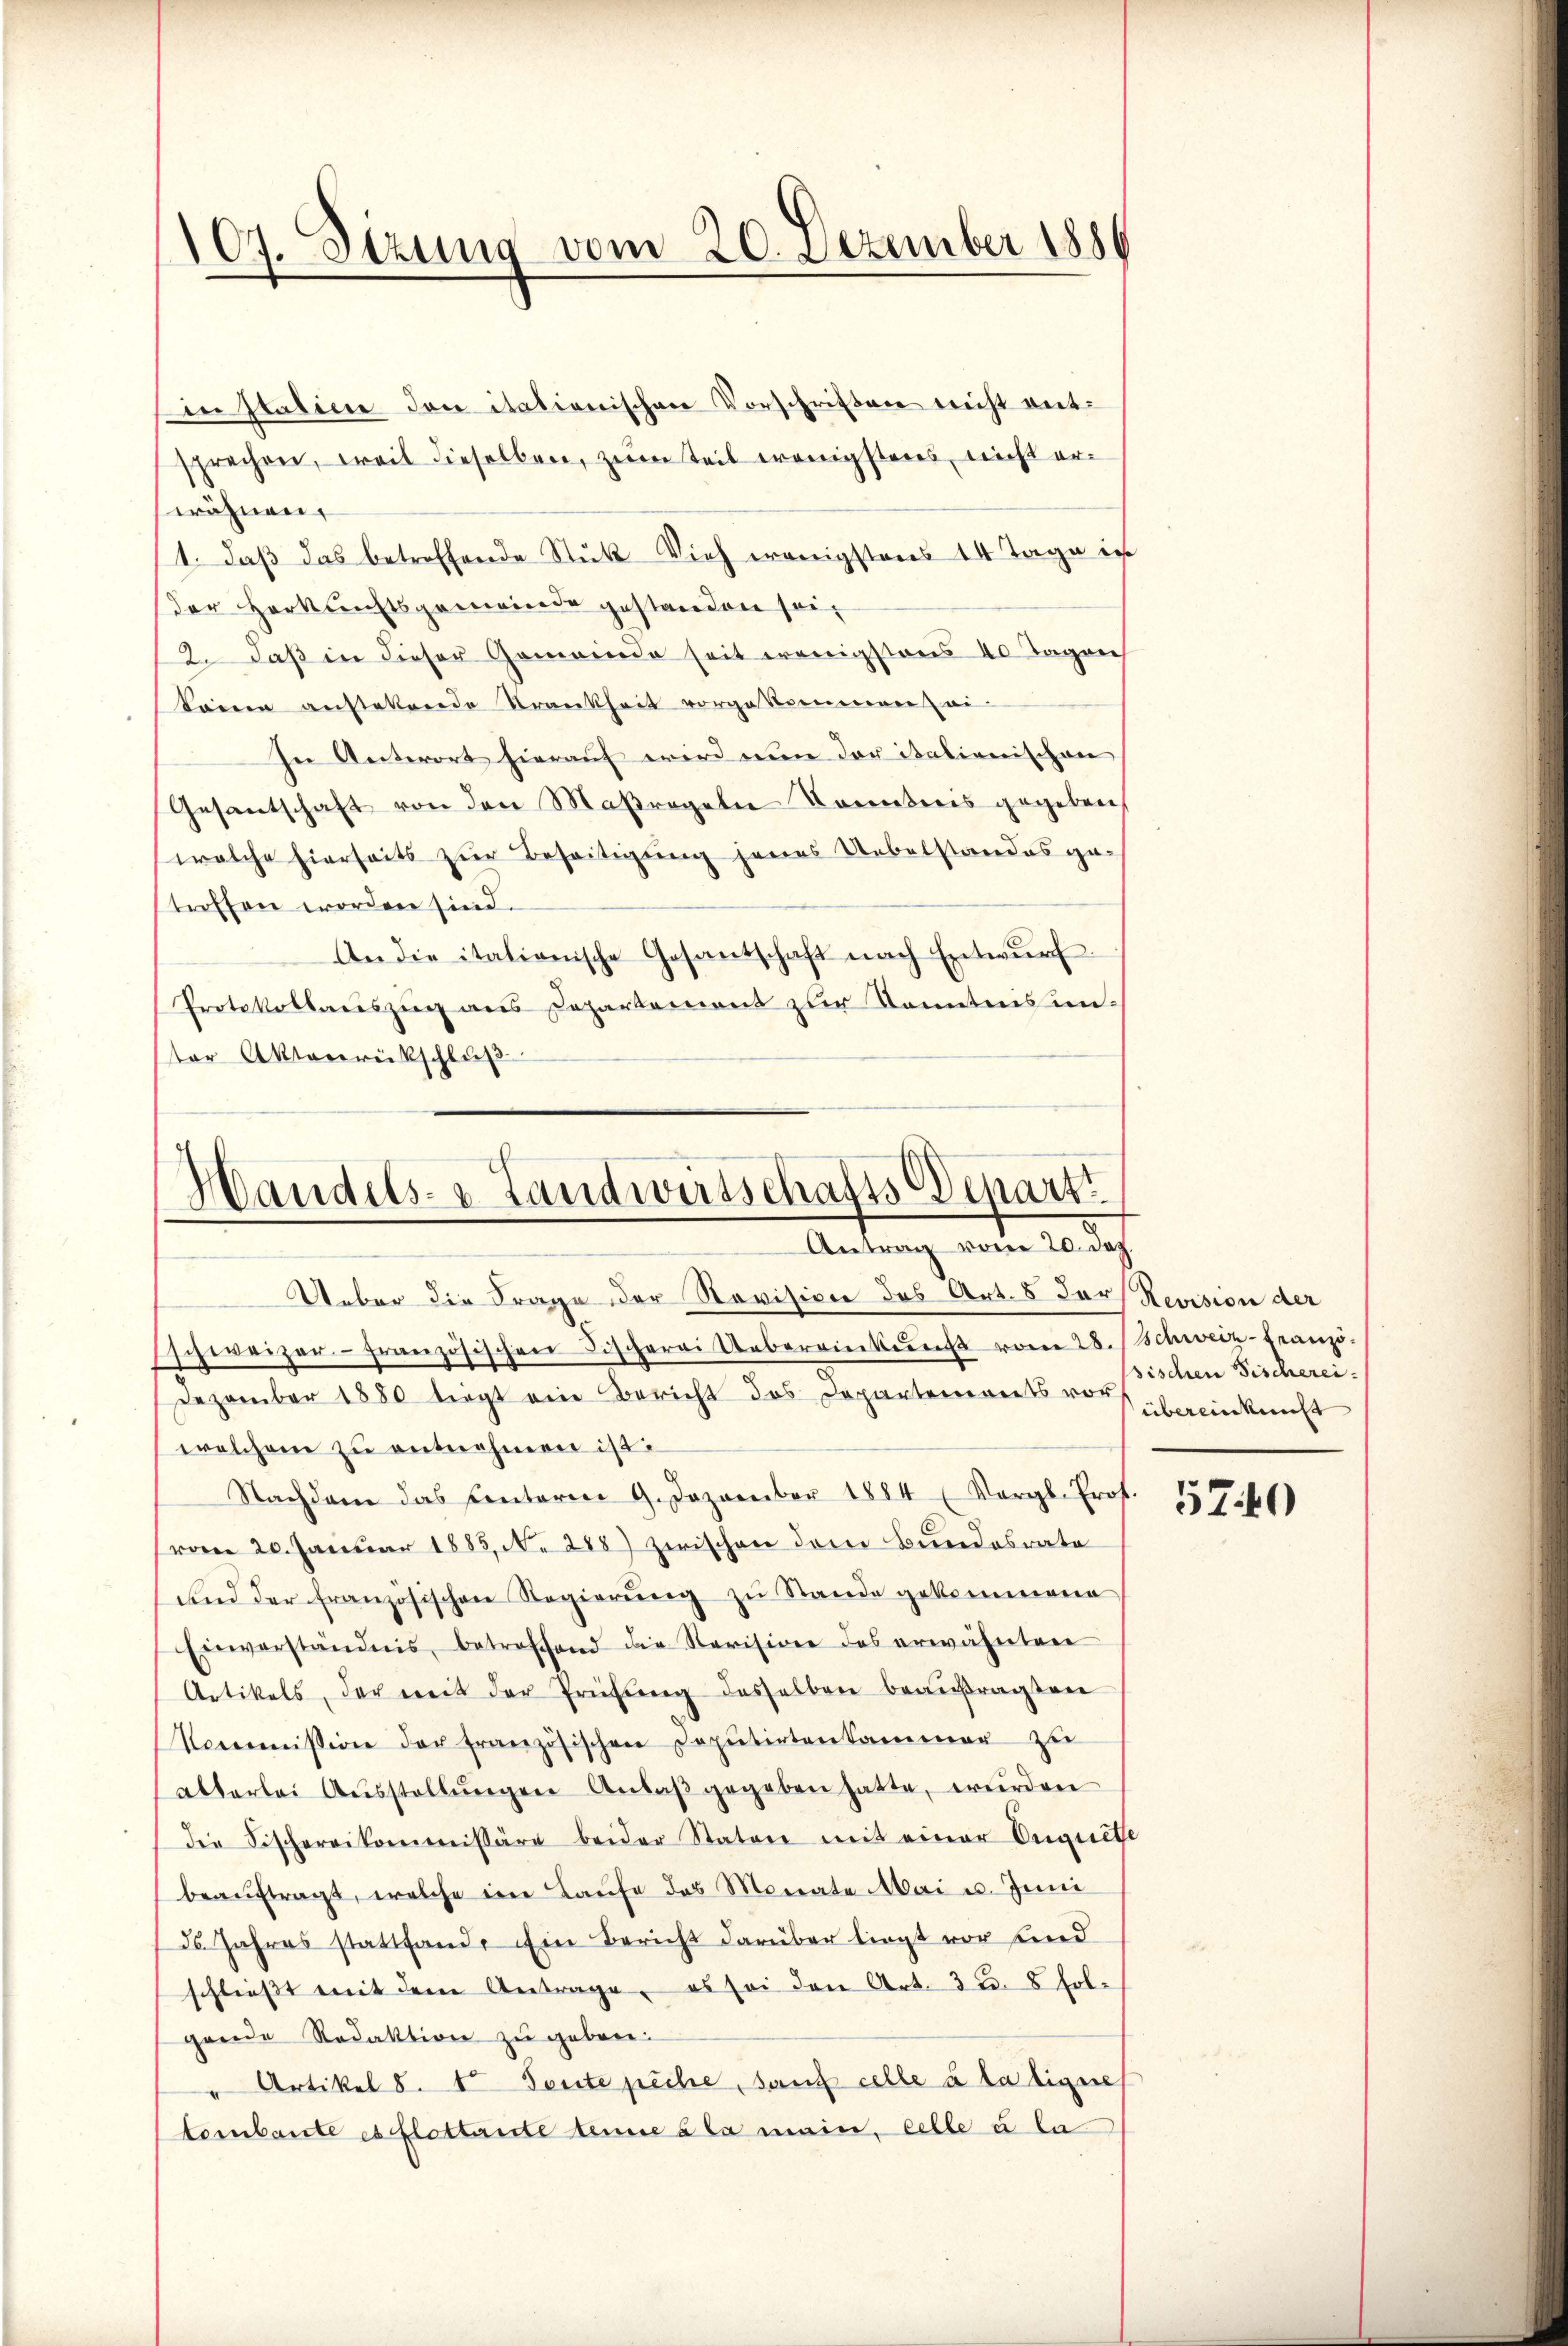
107. Stzung vom 20. Dezember 1856

in Italine den italienischen Vorschriften nicht entsprechen, weil dieselben, zum Teil wenigstens nicht erwähnen.
1. daß das betreffende Stük Vieh wenigstens 14 Tage ich
Der Herkunftsgemeinde gestanden sei,
2. daβ in dieser Gemeinde seit wenigstens 40 Tagen
Sonnen anstetende Krankheit vorgekommen ei-
In Antwort hierauf wird nun der italienischen
Gesantschaft von den Maßregeln Kontreis gegeben,
welche hierseits zur Beseitigung jenes Uebelstandes ge-
stroffen worden sind.
An die itationische Gesantschaft nach Entwŭrf
Protokollauszug aus Departement zur Kenntnis unter Aktenrückschlŭβ

Handels- & Landwirtschafts Depart
Antrag vom 20. Dez.
Ueber die Frage der Revision des Art. 8 Dorf Revision der

schweizer französischen Fischerei Uebereinkung vom 28. Schweiz-Franzö¬
.
Dezember 1880 liegt ein Bericht des Departenereits vorbereinkunft
welchem zŭ entnehmen ist.
Nachdem das Centerm 9. Dezember 1884 (Vergl. Prof.
(vom 20. Januar 1883, N. 288) zwischen dem Bundesrate
und der französischen Regierŭng zŭ Stande gekommene
Einverständnis, betroffend die Revision des erwähnten
Artikels, der mit der Prüfung desselben beaŭfragten
Kommission der französischen Deputirtenkammer zu
alterlei Aŭsstellŭngen Anlaβ gegeben hatte, würden
die Fischereikommissäre beider Staten mit einer Enguete
beaŭftragt, welche im Laufe des Monate Mai u. Juni
ds. Jahres stattfand. Ein Bericht darüber liegt vor sind
schließt mit dem Antrage, es sei den Art. 3 u. 8 fol-
gende Redaktion zu geben.
" Artikel 8. tt Teute peche, sans celle à la ligne
tombante es flottaiste eine à la main, celle u la

sischen Fischerei¬

5740